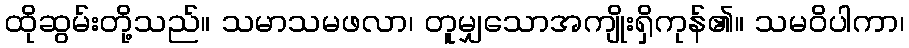
ထိုဆွမ်းတို့သည်။ သမာသမဖလာ၊ တူမျှသောအကျိုးရှိကုန်၏။ သမဝိပါကာ၊